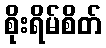
စိုးရိမ်စိတ်